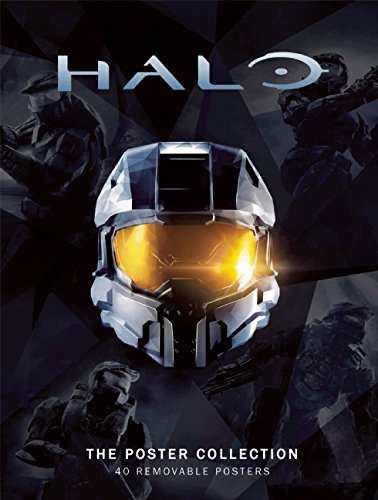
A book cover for Halo: The Poster Collection; Arts & Photography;